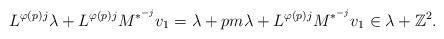
LaTeX: \begin{align*}L^{\varphi(p)j}\lambda+L^{\varphi(p)j}M^{*^{-j}}v_1=\lambda+pm\lambda+L^{\varphi(p)j}M^{*^{-j}}v_1\in \lambda+\mathbb{Z}^2.\end{align*}